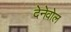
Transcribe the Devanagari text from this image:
देनेवोल